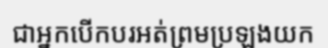
ជាអ្នកបើកបរអត់ព្រមប្រឡងយក